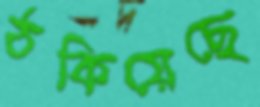
ঠকিয়েছে